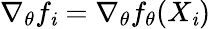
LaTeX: \nabla_{\theta}f_{\mathit{i}}=\nabla_{\theta}f_{\theta}(X_{\mathit{i}})